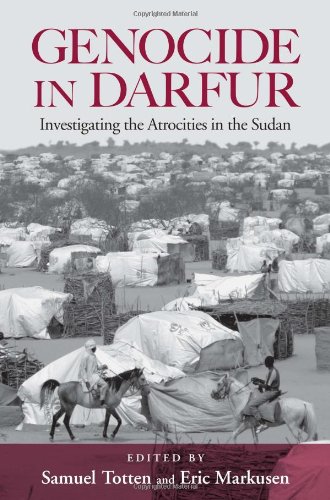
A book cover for Genocide in Darfur: Investigating the Atrocities in the Sudan; History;